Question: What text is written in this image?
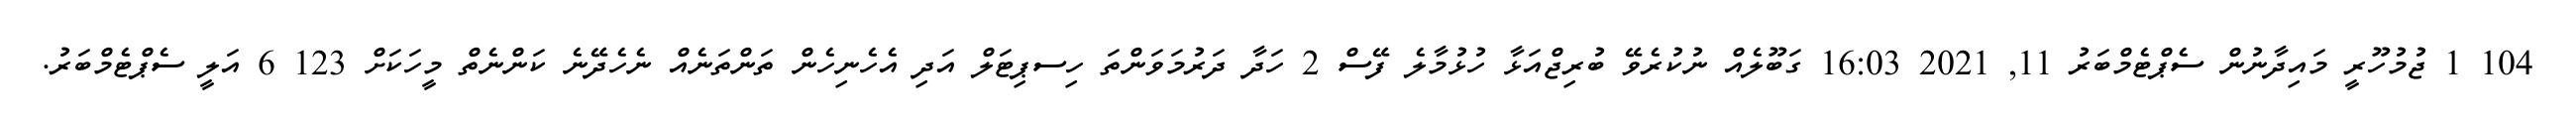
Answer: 104 1 ޖުމުހޫރީ މައިދާނުން ސެޕްޓެމްބަރު 11, 2021 16:03 ގަބޫލެއް ނުކުރެވޭ ބުރިޖްއަޅާ ހުޅުމާލެ ފޭސް 2 ހަދާ ދަރުމަވަންތަ ހިސޕިޓަލް އަދި އެހެނިހެން ތަންތަނެއް ނެހެދޭނެ ކަންނެތް މީހަކަށް 123 6 އަލީ ސެޕްޓެމްބަރު.